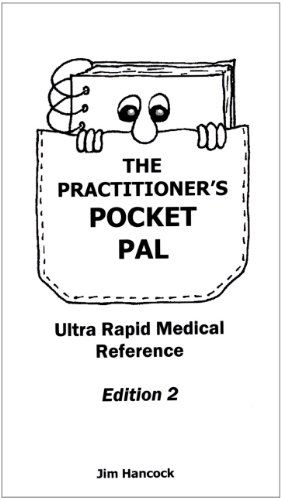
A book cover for The Practitioner's Pocket Pal: Ultra Rapid Medical Reference; Jim Hancock; Medical Books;